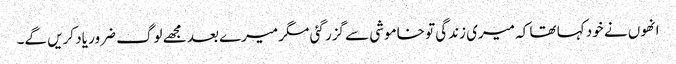
انھوں نے خود کہا تھا کہ میری زندگی تو خاموشی سے گزر گئی مگر میرے بعد مجھے لوگ ضرور یاد کریں گے۔